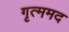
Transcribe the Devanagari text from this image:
गृत्ममद